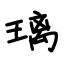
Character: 璃